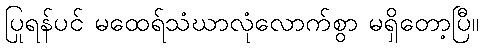
ပြုရန်ပင် မထေရ်သံဃာလုံလောက်စွာ မရှိတော့ပြီ။